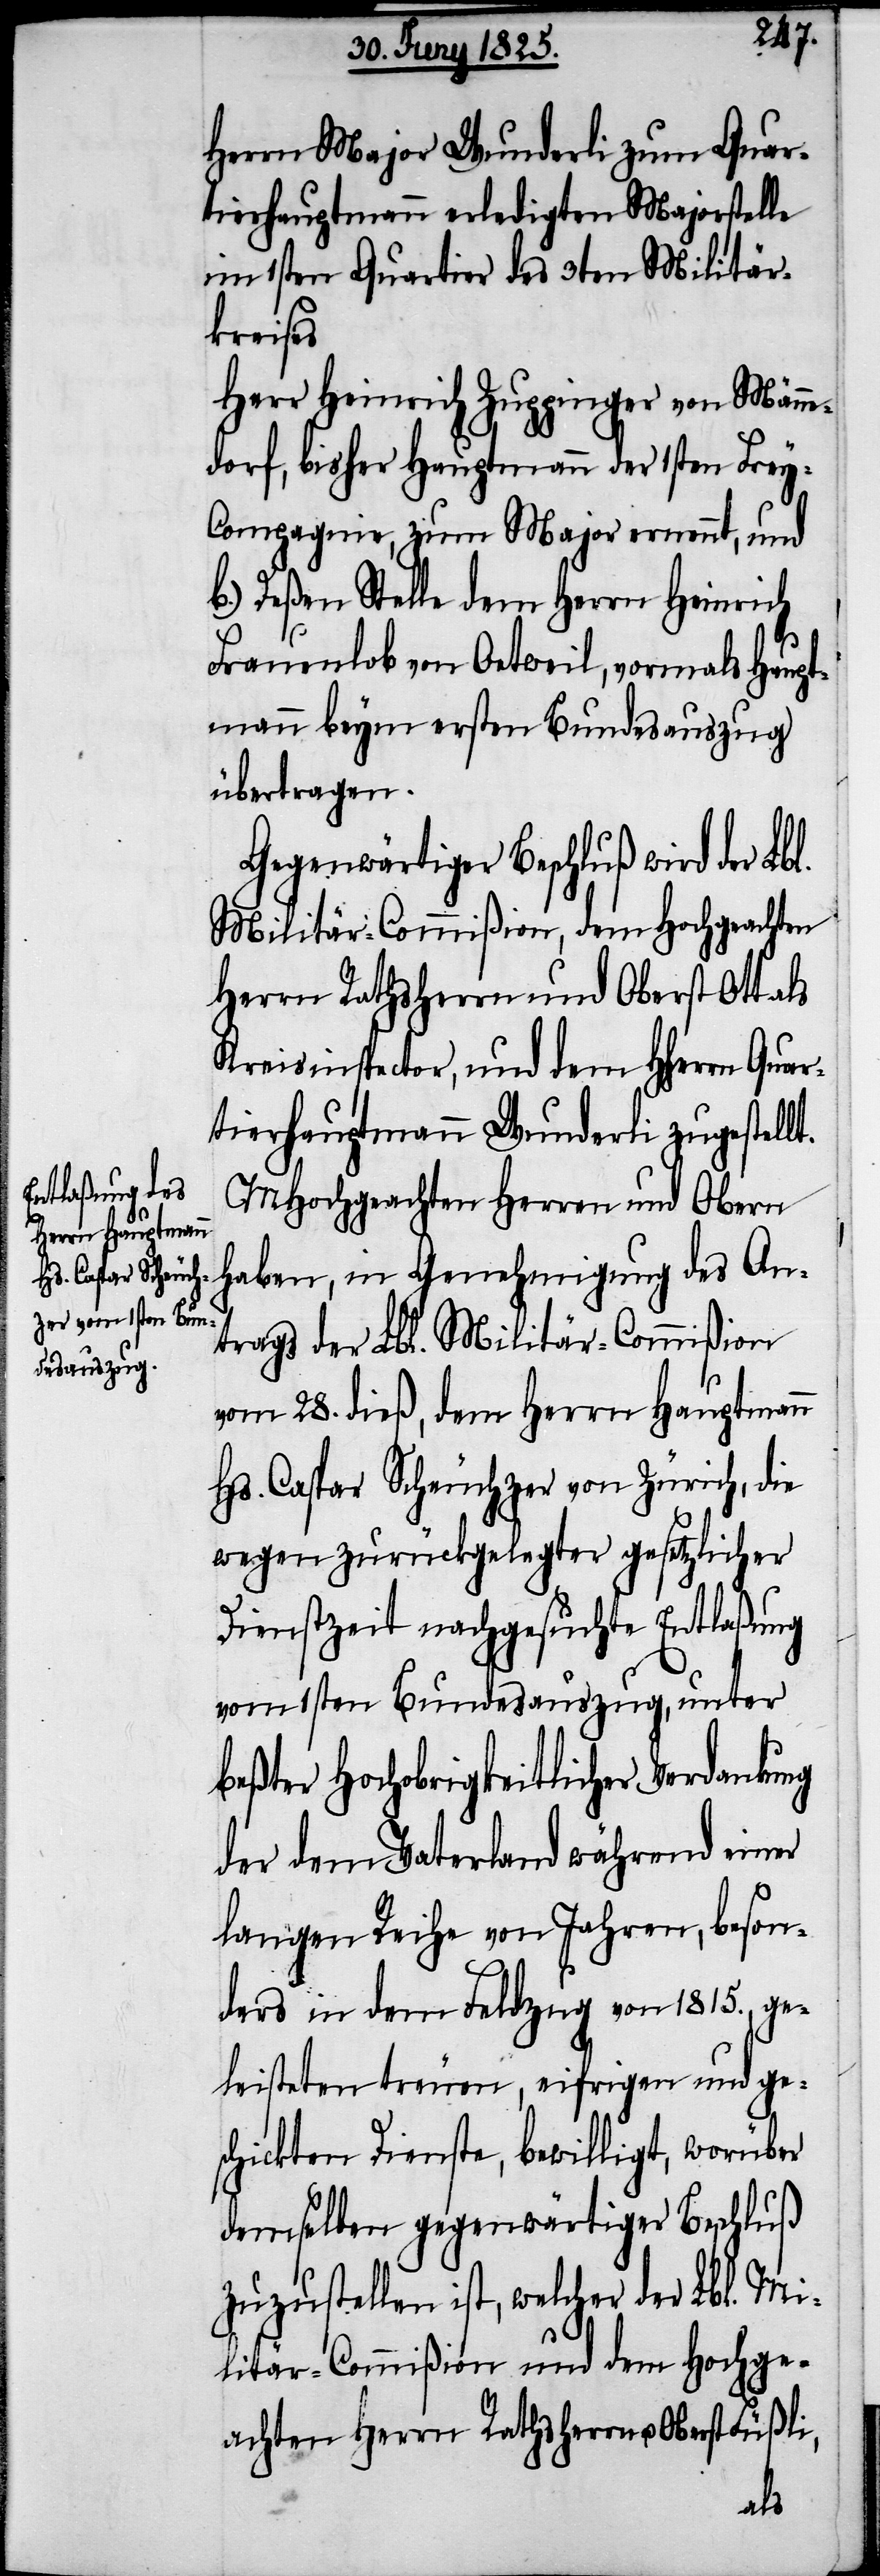
Herrn Major Wunderli zum Quar¬
tierhauptmann erledigten Majorsstelle
im 1sten Quartier des 3ten Militär¬
kreises
Herr Heinrich Zuppinger von Männe¬
dorf, bisher Hauptmann der 1sten Fre¬
y-Compagnie, zum Major ernennt, und
b.) Deßen Stelle dem Herrn Heinrich
Frauenlob von Oetweil, vormals Haupt¬
mann beym ersten Bundesauszug
übertragen.
Gegenwärtiger Beschluß wird der Lb¬
Militär-Commißion, dem Hochgeachten
Herrn Rathsherrn und Oberst Ott als
Kreisinspector, und dem HHerrn Quar¬
tierhauptmann Wunderli zugestellt.
MHochgeachten Herren und Obern
haben, in Genehmigung des An¬
trags der Lbl. Militär-Commißion
vom 28. dieß, dem Herrn Hauptmann
Hs. Caspar Scheuchzer von Zürich, die
wegen zurückgelegter gesetzlicher
Dienstzeit nachgesuchte Entlaßung
vom 1sten Bundesauszug, unter
beßter Hochobrigkeitlicher Verdankung
der dem Vaterland während einer
langen Reihe von Jahren, beson¬
ders in dem Feldzug von 1815. ge¬
leisteten treuen, eifrigen und ge¬
schickten Dienste, bewilligt, worüber
demselben gegenwärtiger Beschluß
zuzustellen ist, welcher der Lbl. Mi¬
litär-Commißion und dem Hochge¬
achten Herrn Rathsherrn u. Oberst Füßli,
l.